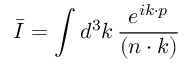
\bar { I } = \int d ^ { 3 } k \, { \frac { e ^ { i k \cdot p } } { ( n \cdot k ) } }